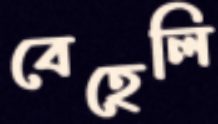
বেহেলি